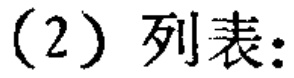
(2) 列表: